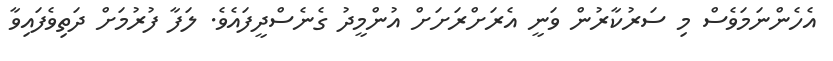
އެހެންނަމަވެސް މި ސަރުކާރުން ވަނީ އެރަށްރަށަށް އުންމީދު ގެނެސްދީފައެވެ. ލަފާ ފުރުމަށް ދަތިވެފައިވާ